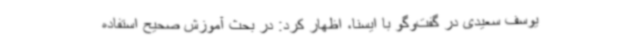
یوسف سعیدی در گفت‌وگو با ایسنا، اظهار کرد: در بحث آموزش صحیح استفاده